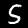
Label: 5